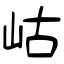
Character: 岵